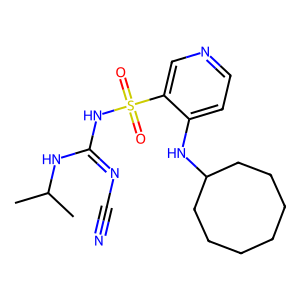
SMILES: CC(C)NC(=NC#N)NS(=O)(=O)c1cnccc1NC1CCCCCCC1
Inhibits HIV replication: No